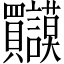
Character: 𲂹